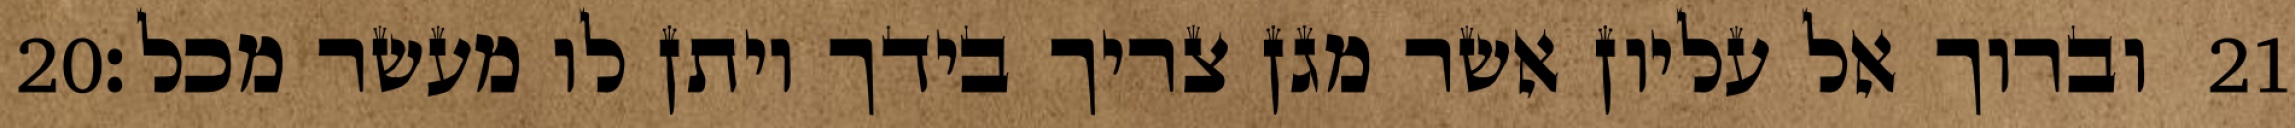
‎20‏ וברוך אל עליון אשר מגן צריך בידך ויתן לו מעשר מכל׃ ‎21‏